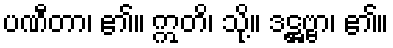
ပဏီတာ၊ ၏။ ဣတိ၊ သို့။ ဒဋ္ဌဗ္ဗာ၊ ၏။